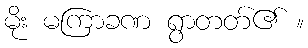
မိုး မကြာခဏ ရွာတတ်၏ ။